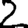
Digit: 2